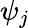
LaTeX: \psi_{j}